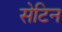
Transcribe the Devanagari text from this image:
सेटिन